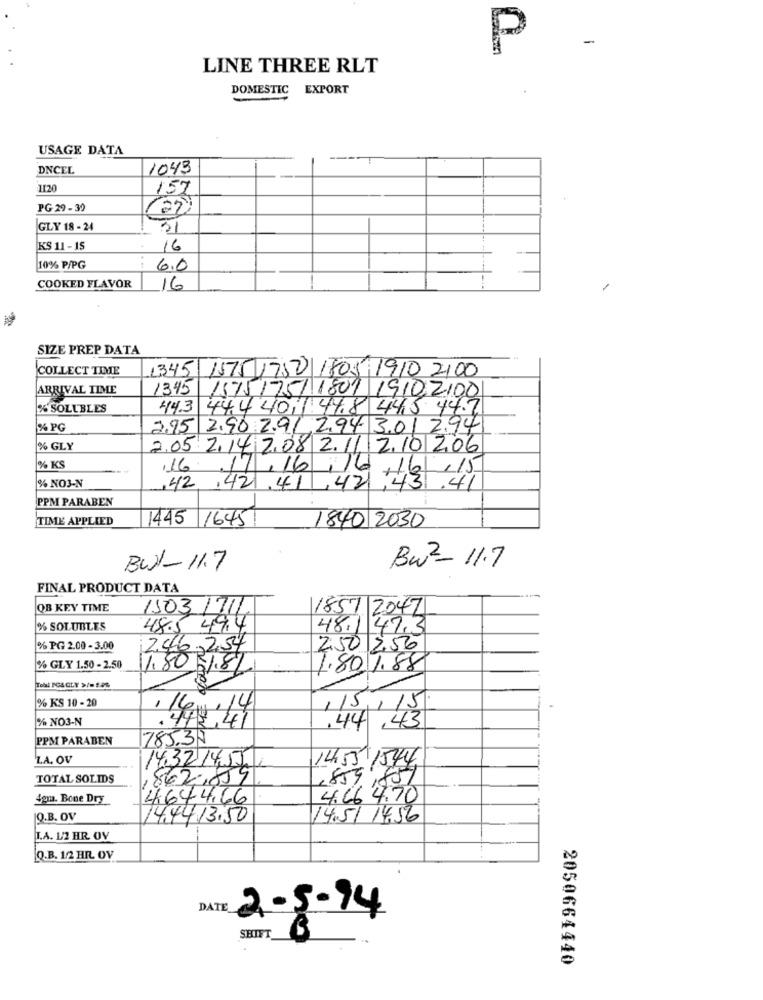
P
LINE THREE RLT
DOMESTIC EXPORT
USAGE DATA
DNCEL
1043
1120
157
PG 29 - 30
GLY 18 - 24
51
KS 11 - 15
16
10% P/PG
: 6.0
COOKED FLAVOR
16
SIZE PREP DATA
COLLECT TIME
1345 1575 1750 1801 1910 2100
ARRIVAL TIME
1345 15751751 1801 1910 2100
% SOLUBLES
44.3 44.4 4011.44.8 445 44.7
% PG
2,95 2,90 2.91,2,94 3.01 2.941
% GLY
2.05 2,14,2.08 2.11 2.10 2.06
% KS
,16
17.16
+12 15
% NO3-N
,42
.42.41 ,42
PPM PARABEN
TIME APPLIED
1445
1645
1840 2030
BW1-11.7
Bw2- 11.7
FINAL PRODUCT DATA
OB KEY TIME
15031711
1857 2047
% SOLUBLES
48.5 49.4
48.1 47.3
% PG 2.00 - 3.00
2.46,254
250 2.56
% GLY 1.50 - 2.50
11.80 5/8/
1.80 1.88
% KS 10 - 20
/5/15
% NO3-N
44 ,43
PPM PARABEN
785.37
ZA. OV
14.32 14,57
1455 1544
TOTAL SOLIDS
,859,851
,862,859
42ma. Bone Dry
4644.66
4. 66 4.70
Q.B. OV
14,44 13.50
14.51 14.56
I.A. 1/2 HR OV
Q.B. 1/2 HR OV
DATE
2-5- 94
SHIFT_
2050664440